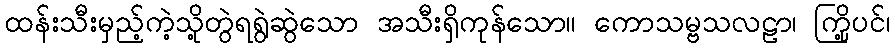
ထန်းသီးမှည့်ကဲ့သို့တွဲရရွဲဆွဲသော အသီးရှိကုန်သော။ ကောသမ္ဗသလဠာ၊ ကြို့ပင်၊